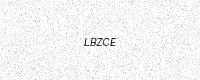
Text: LBZCE